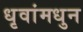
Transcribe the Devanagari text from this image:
धृवांमधुन